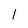
Character: 1